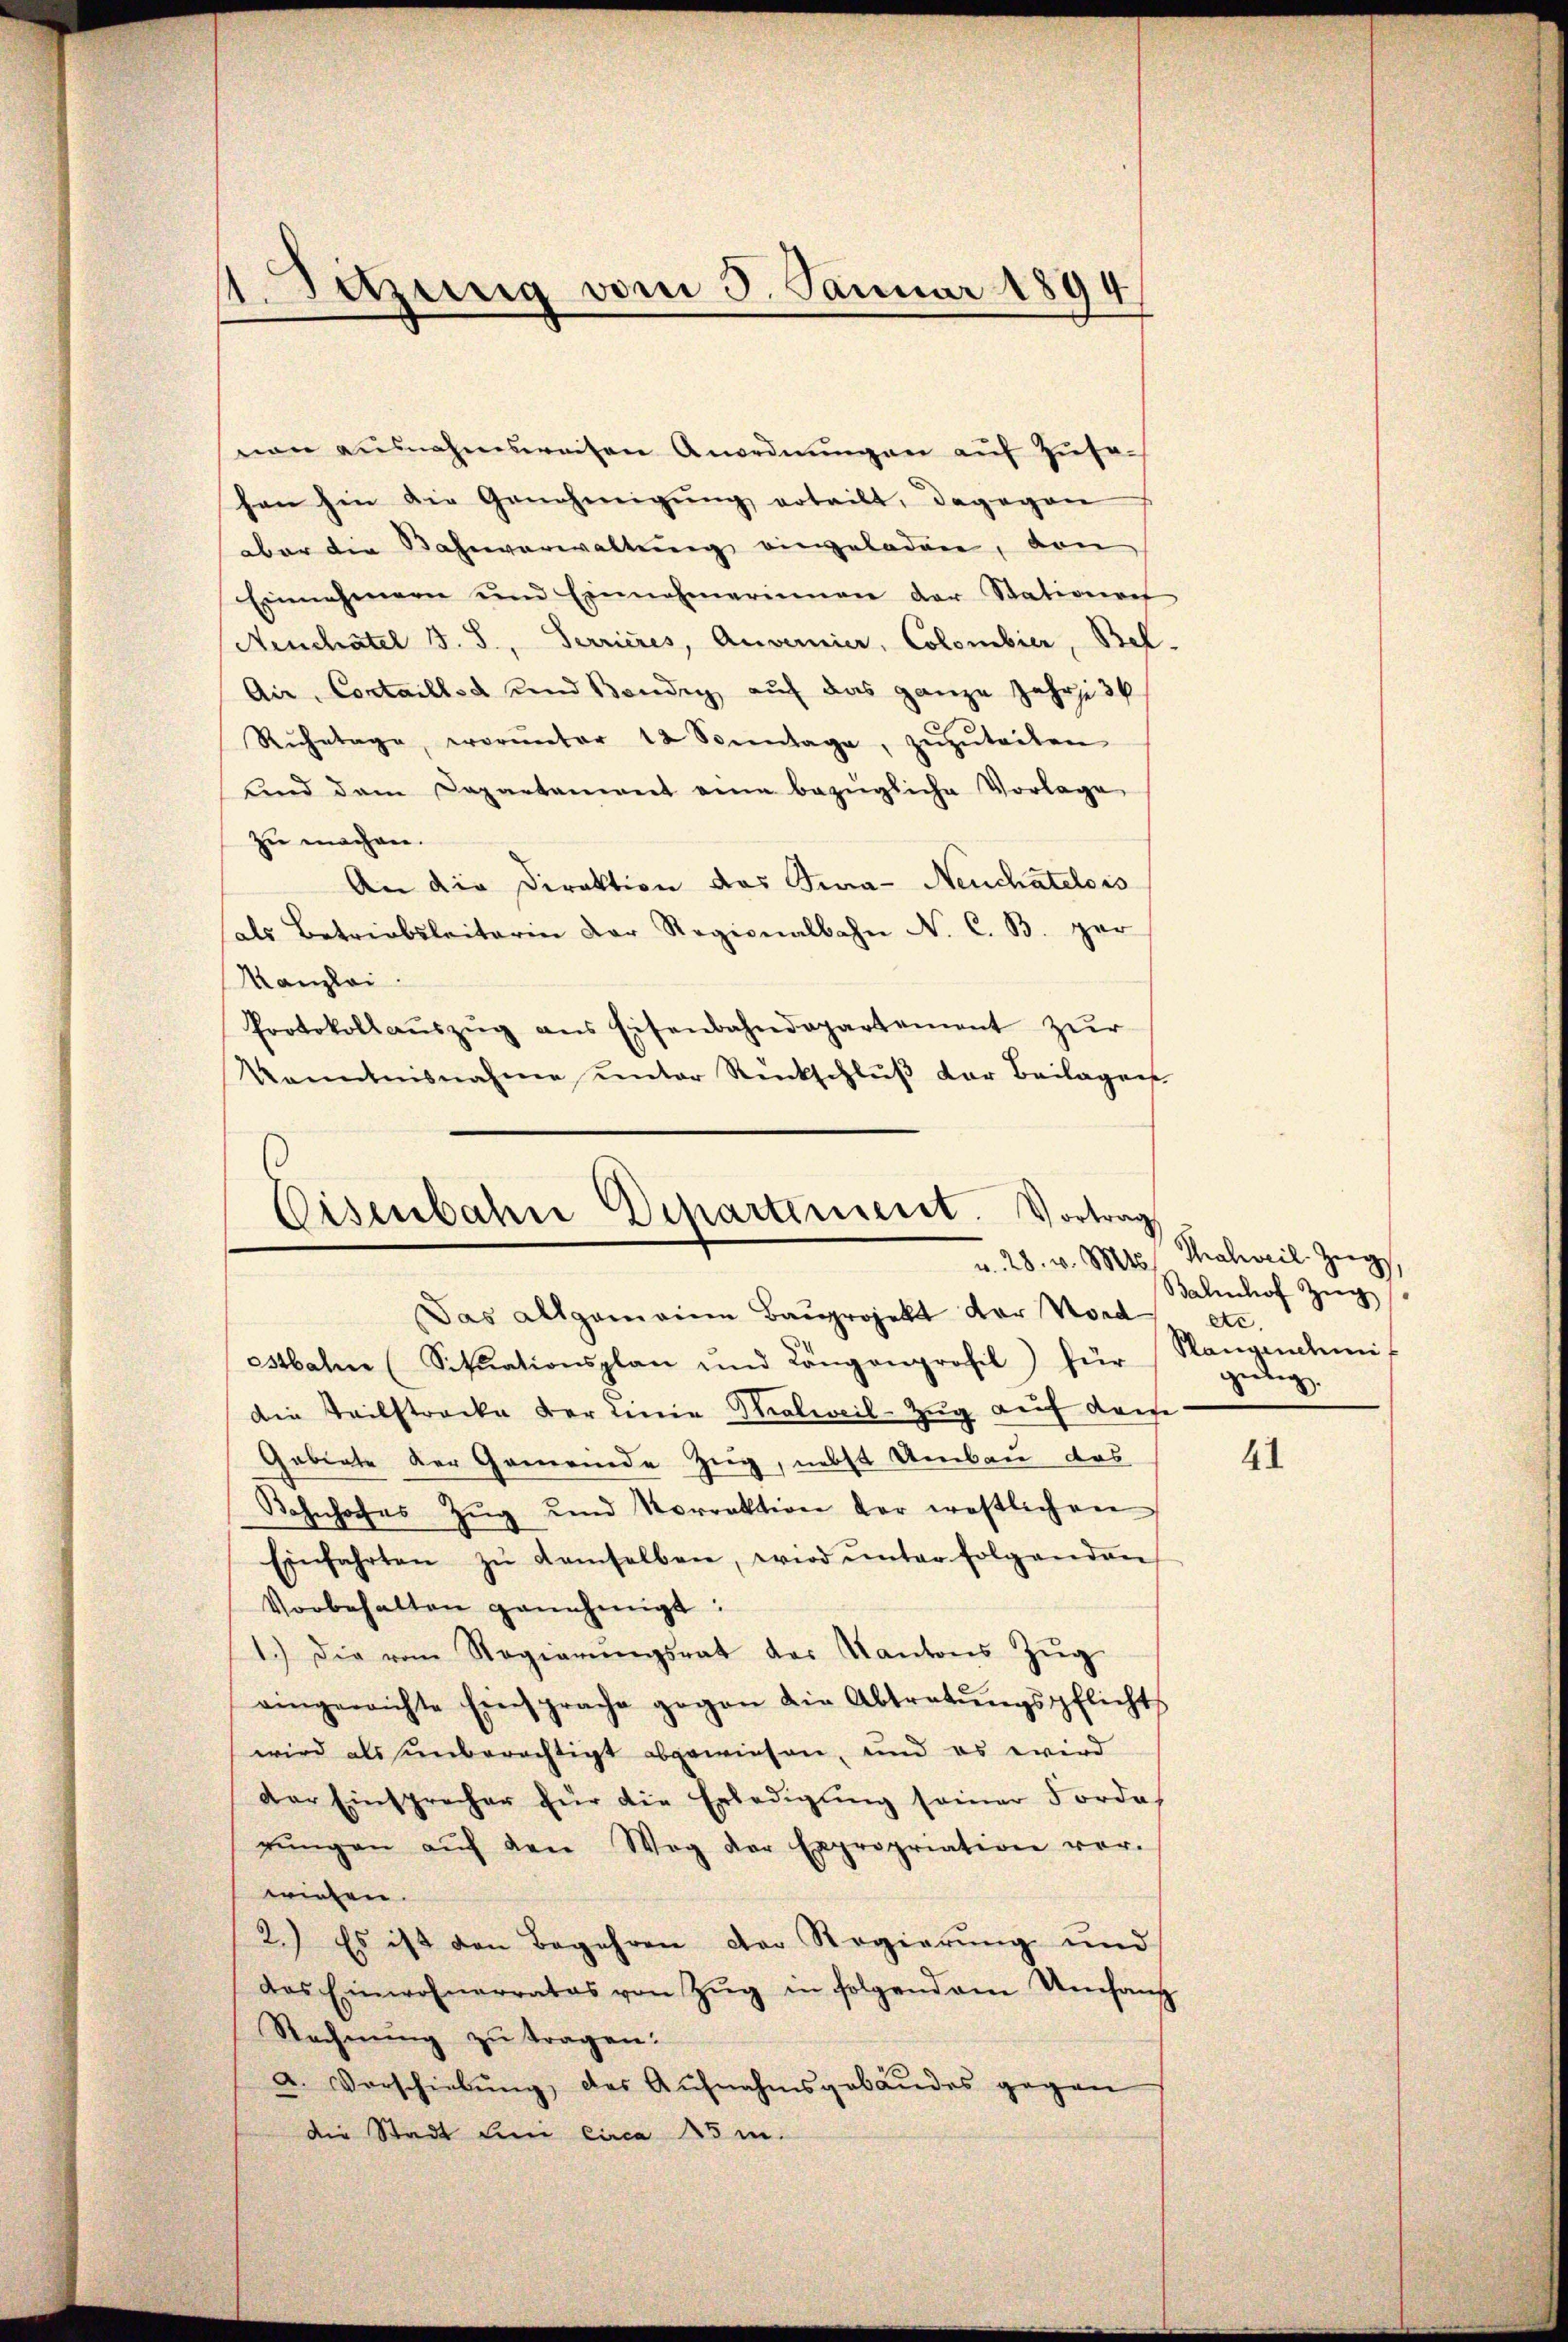
non ausnahmsweisen Anordnŭngen aŭf Zŭsa-
hon hin die Genehmigŭng erteilt, dagegen
aber die Bahnverwaltung eingeladen, von
Einnahmern und Einnahmerinnen der Stationes
Neuchâtel B. S., Terrieres, Anvernier, Colombier, Bel
Aie, Contaillet und Banden, auf das ganze Jahre k
Rŭhetage, worunter 12 Sonntage, zŭzŭteilen
ŭnd dem Departement eine bezügliche Vorlage
zu machen.
An die Direktion das Tura- Neuchatelois
als Betriebsleiterin der Regionalbahn N. C. B. ger
Kanzlei
Protokollaŭszŭg ans Eisenbahndepartement zŭr
kanntnisnahme unter Rückschlŭβ der Beilagen

)
izung vom 3. Januar 1894

Eisenbahre Departement. Vortrag
Das allgemeine Bauprojekt der Nord

estbahn (Sitŭationsplan und Längenprofil) für
Die Teilstrecke der Linie Thalweil-Zug auf dane
Gebiete der Gemeinde Zug, nebst Umbau das
Bahnhofes Zŭg und Sorrektion der westlichen
Einfahrten zŭ demselben, wird ŭnter folgenden
Vorbehalten genehmigt:
1.) Die vom Regierŭngsrat das Kantons Zŭg
eingewichte Einsprache gegen die Abtretŭngspflicht
wird als unberechtigt abgewiesen, und es wird
der Einsprecher für die Erledigŭng seiner Forde
rŭngen aŭf den Weg der Expropriation vor-
wiesen.
2.) Es ist den Begehren der Regierung und
das Einwohnerrates von Zŭg in folgendem Umfang
Rechnŭng zu tragen:
a. Vorschiebŭng des Aŭfnahmsgebäŭdes gegen
die Stadt Lini circa 15 m.

v. 28. v. Mts. Thalweil Zug
Balenhof Zŭg
etc.
Plangenehmi
gung.

41